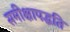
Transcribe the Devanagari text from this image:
समीक्षापद्धति